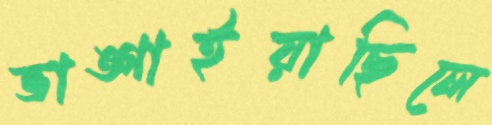
ভাঙ্গাইয়াছিলে